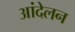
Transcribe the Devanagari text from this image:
आंदेलन